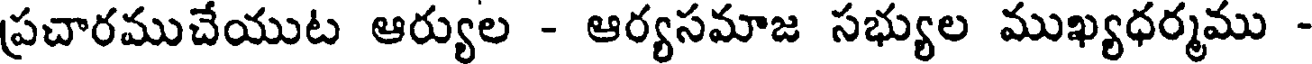
ప్రచారముచేయుట ఆర్యుల - ఆర్యసమాజ సభ్యుల ముఖ్యధర్మము -